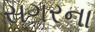
સગરના